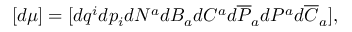
[ d \mu ] = [ d q ^ { i } d p _ { i } d N ^ { a } d B _ { a } d { \cal C } ^ { a } d \overline { { { \cal P } } } _ { a } d { \cal P } ^ { a } d \overline { { { \cal C } } } _ { a } ] ,